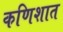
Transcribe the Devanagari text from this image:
कणिशात